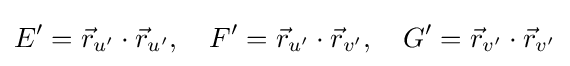
E'={\vec {r}}_{u'}\cdot {\vec {r}}_{u'},\quad F'={\vec {r}}_{u'}\cdot {\vec {r}}_{v'},\quad G'={\vec {r}}_{v'}\cdot {\vec {r}}_{v'}